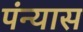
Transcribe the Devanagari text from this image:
पंन्यास